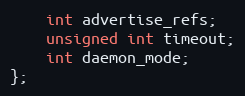
Language: C
	int advertise_refs;
	unsigned int timeout;
	int daemon_mode;
};